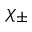
\chi _ { \pm }